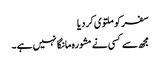
سفر کو ملتوی کردیا
مجھ سے کسی نے مشورہ مانگا نہیں ہے ۔